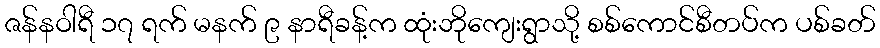
ဇန်နဝါရီ ၁၇ ရက် မနက် ၉ နာရီခန့်က ထုံးဘိုကျေးရွာသို့ စစ်ကောင်စီတပ်က ပစ်ခတ်